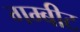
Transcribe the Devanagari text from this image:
गम्बीट